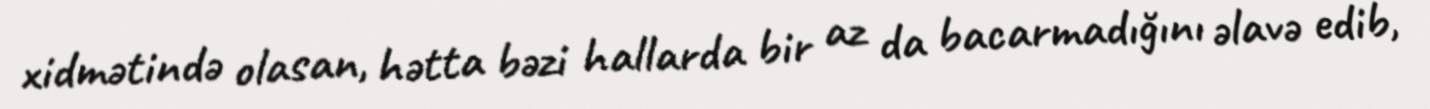
xidmətində olasan, hətta bəzi hallarda bir az da bacarmadığını əlavə edib,